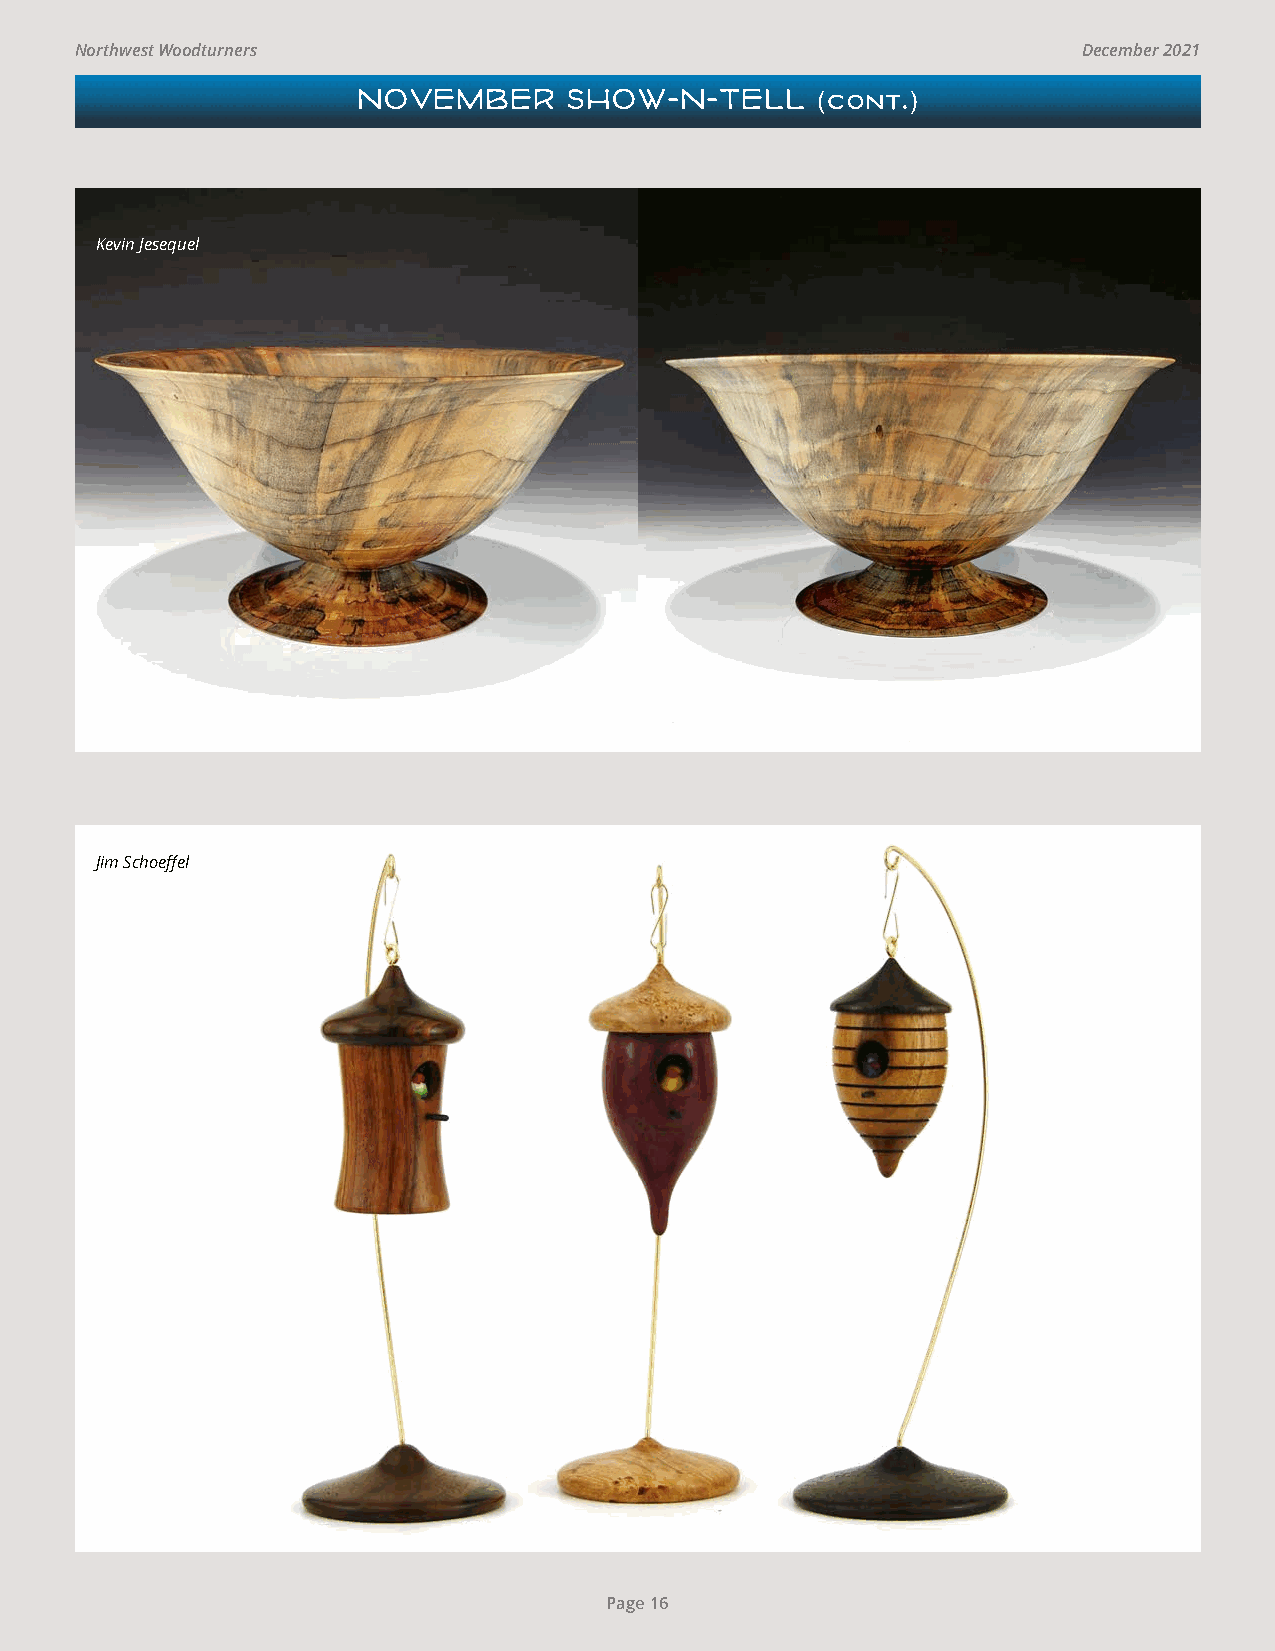
Northwest Woodturners                                              December 2021
 NOVEMBER      SHOW-N-TELL     (cont.)
 Kevin Jesequel
 Jim Schoeffel
 Page 16